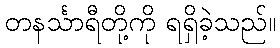
တနင်္သာရီတို့ကို ရရှိခဲ့သည်။